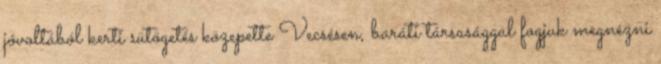
jóvoltából kerti sütögetés közepette Vecsésen, baráti társasággal fogjuk megnézni